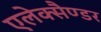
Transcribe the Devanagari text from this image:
एलेक्सैण्डर